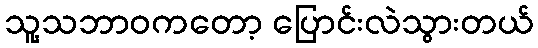
သူ့သဘာဝကတော့ ပြောင်းလဲသွားတယ်